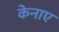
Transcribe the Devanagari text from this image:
केनाए